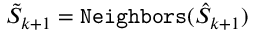
\tilde { S } _ { k + 1 } = { \tt N e i g h b o r s } ( \hat { S } _ { k + 1 } )